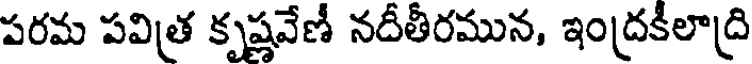
పరమ పవిత్ర కృష్ణవేణీ నదీతీరమున, ఇంద్రకీలాద్రి